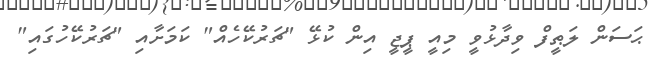
ޙަސަން ލަޠީފް ވިދާޅުވީ މިއީ ޕީޖީ އިން ކުޅޭ "ޗަރުކޭހެއް" ކަމަށާއި "ޗަރުކޭހުގައި"